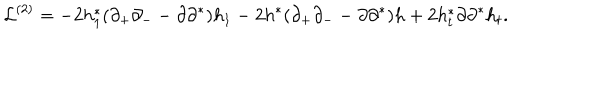
{ \cal L } ^ { ( 2 ) } = - 2 h _ { 1 } ^ { * } ( \partial _ { + } \partial _ { - } - \partial \partial ^ { * } ) h _ { 1 } - 2 h ^ { * } ( \partial _ { + } \partial _ { - } - \partial \partial ^ { * } ) h + 2 h _ { t } ^ { * } \partial \partial ^ { * } h _ { t } .